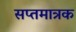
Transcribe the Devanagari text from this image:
सप्तमात्रक